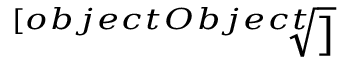
\sqrt [ [object Object] ] { { ~ } ^ { ~ } }